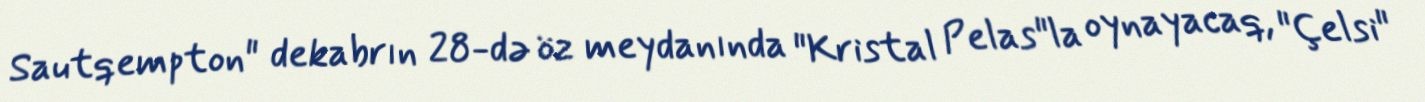
Sautqempton" dekabrın 28-də öz meydanında "Kristal Pelas"la oynayacaq, "Çelsi"